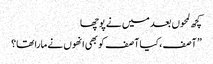
کچھ لمحوں بعد میں نے پوچھا
” آصف ،کیا آصف کو بھی انھوں نے مارا تھا؟